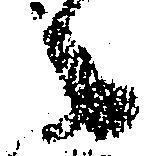
々